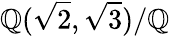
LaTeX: \mathbb{Q}({\sqrt{2}},{\sqrt{3}})/\mathbb{Q}